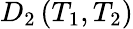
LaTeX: D_{2}\left(T_{1},T_{2}\right)